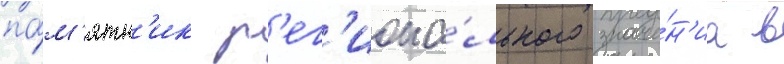
па́м'ятн'ик р'ег'иона́льного значе́н'иа в